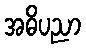
အဓိပညာ